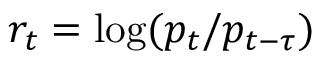
r _ { t } = \log ( p _ { t } / p _ { t - \tau } )